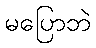
မပြောဘဲ